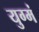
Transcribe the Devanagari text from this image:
युग्मं